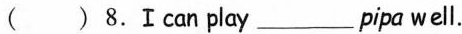
( )8.Ⅰcan play ___ pipa well.